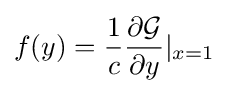
f(y)={\frac {1}{c}}{\partial {\mathcal {G}} \over \partial y}\vert _{x=1}